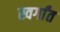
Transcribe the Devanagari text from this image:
स्वर्गांत